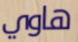
هاوي